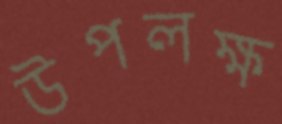
উপলক্ষ